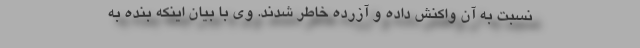
نسبت به آن واکنش داده و آزرده خاطر شدند. وی با بیان اینکه بنده به